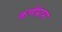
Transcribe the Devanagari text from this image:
कर्णप्राग